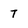
Character: T